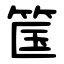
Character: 筺